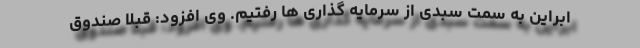
ابراین به سمت سبدی از سرمایه گذاری ها رفتیم. وی افزود: قبلا صندوق